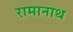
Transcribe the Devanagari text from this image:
रामानाथ